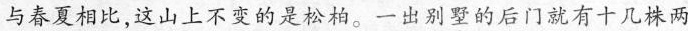
与春夏相比，这山上不变的是松柏。一出别墅的后门就有十几株两